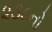
૨૩૮નો